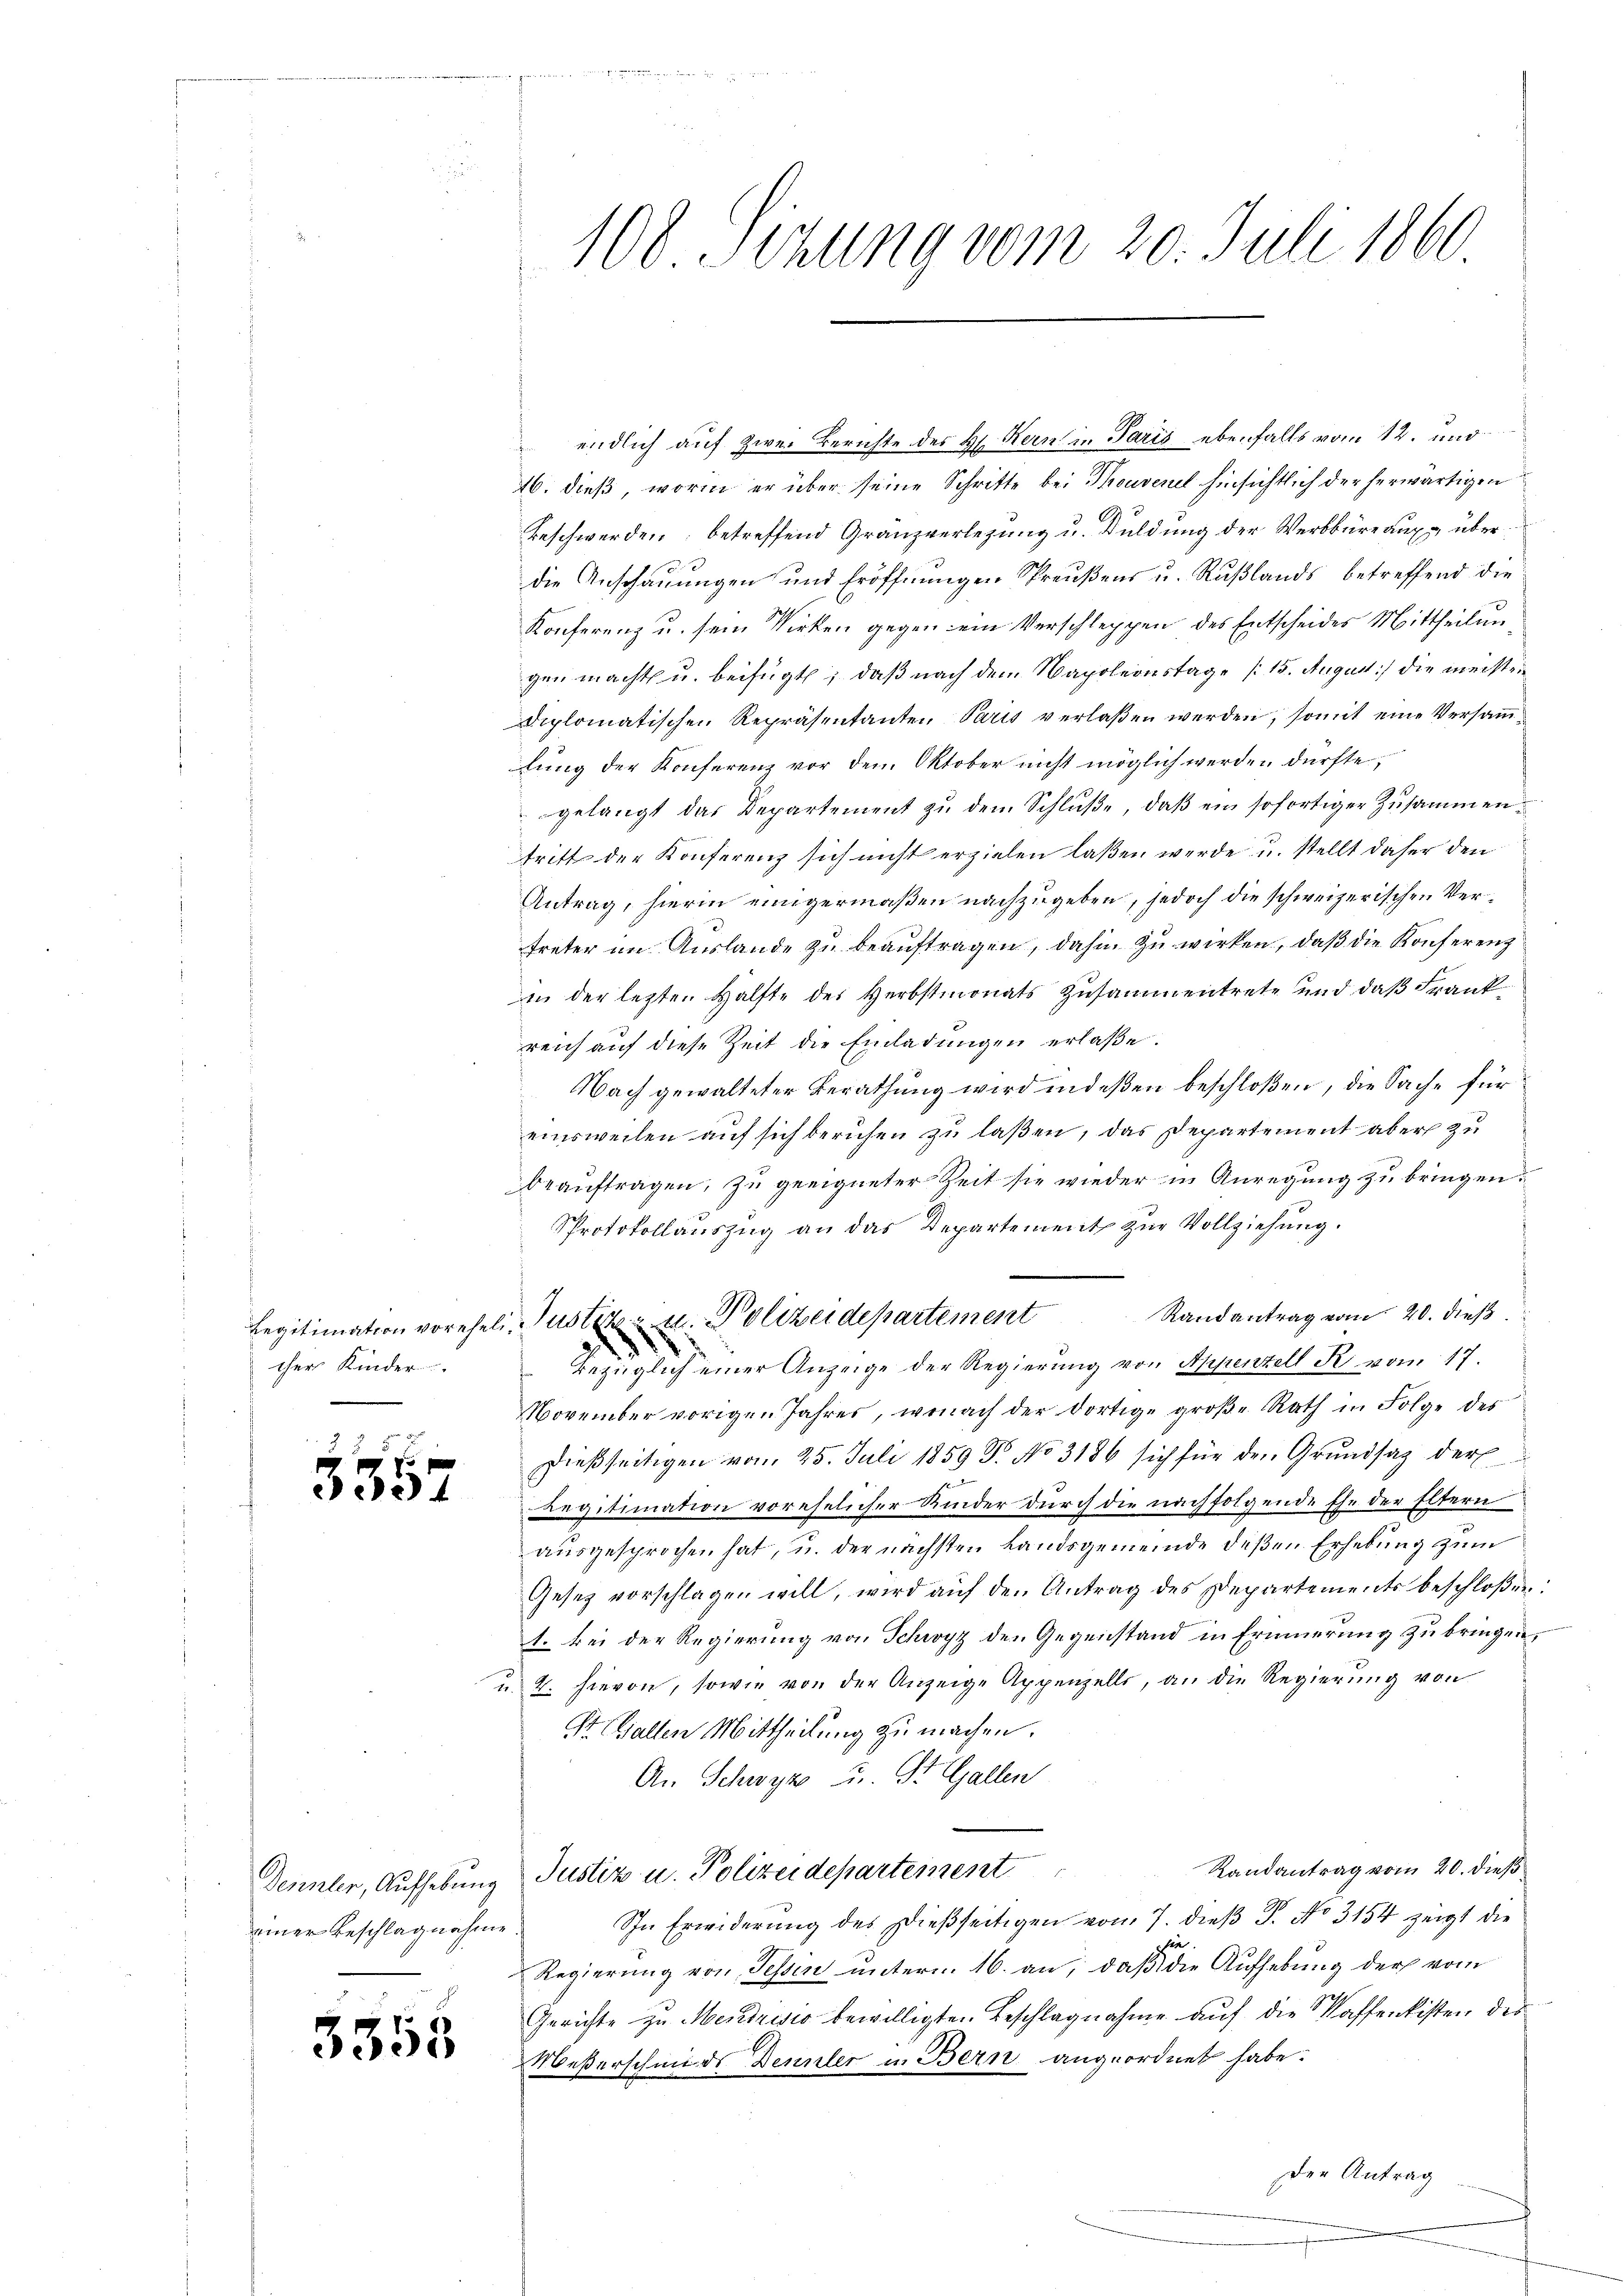
cher Kinder.
|

e124

einer Beschlagnahme

3555

100 Sizung vom 20. Juli 1860

endlich auf zwei Berichte des H. Kern in Paris ebenfalls vom 12. und
16. dieß, worin er über seine Schritte bei Thouvenel hinsichtlich der herwärtigen
Beschwerden; betreffend Granzverlegung u. Duldung der Werbbüreaux überdie Anschauungen und Eröffnungen Spreußens u. Rußlands betreffend die
h
Konferenz u. sein Wirken gegen ein Verschleppen des Entscheides Mittheilun
gen macht u. beifügt, daß nach dem Napoleonstage (15. August) die meisten
Diplomatischen Repräsentanten Paris verlaßen werden, somit eine Versamlŭng der Konferenz vor dem Oktober nicht möglich werden dürfte,
gelangt das Departement zu dem Schluße, daß ein sofortiger Zusammentritt der Konferenz sich nicht erzielen laßen werde u. stellt daher den
Antrag, hierin einigermaßen nachzugeben, jedoch die schweizerischen Vertreter im Aŭslande zŭ beaŭftragen, dahin zŭ wirken, daβ die Konferenz
in der lezten Hälfte des Herbstmonats zusammentrete und daß Frankreich auf diese Zeit die Einladungen erlaße.
Nach gewalteter Berathung wird indeßen beschloßen, die Sache für
einsweilen auf sich beruhen zu laßen, das Departement aber zu
beauftragen, zu geeigneter Zeit sie wieder in Anregung zu bringen.
Protokollaŭszŭg an das Departement zŭr Vollziehŭng.
Randantrag vom 20. dieß,
Bezüglich einer Anzeige der Regierŭng von Appenzell R. vom 17.
November vorigen Jahres, wonach der dortige groβe Rath in Folge des
dießseitigen vom 25. Juli 1859 Dr. No 3186 sich für den Grŭndsaz der
Legitimation vorehelicher Kinder durch die nachfolgende Ehe der Eltern
ausgesprochen hat, u. der nächsten Landsgemeinde deßen Erhebung zum
Gesetz vorschlagen will, wird aŭf den Antrag des Departements beschloßen:
1. Bei der Regierung von Schwyz den Gegenstand in Erinnerung zu bringen,
u. 4. hievon, sowie von der Anzeige Appenzelle, an die Regierŭng von
St. Gallen Mittheilung zu machen.
An Schwyz u. St. Gallen
Randantrag vom 20. dieß
Dennler, Aufhebung Justiz u. Polizeidepartement
In Erwiderung des Dießseitigen vom 7. dieß P. No 3154 zeigt die
er
Regierung von Tessin unterm 16. an, daß die Aufhebung der vom
Gerichte zu Mendrisio bewilligten Beschlagnahme auf die Waffenkisten des
Meßerschmids Dennler in Bern angeordnet habe.
Der Antrag

Legitimation voreheli. Justiz- u. Polizeidepartement